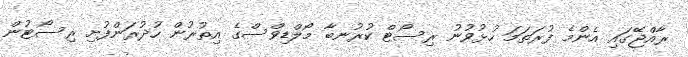
ރާއްޖޭގައި އެންމެ ފުރަތަމަ ހުޅުވުނު ރިސޯޓް ކުރުނބާ މޯލްޑިވްސްގެ އިތުރުން ހުދުރަންފުށި ރިސޯޓުން